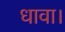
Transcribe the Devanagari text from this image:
धावा।